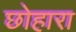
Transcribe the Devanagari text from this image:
छोहारा